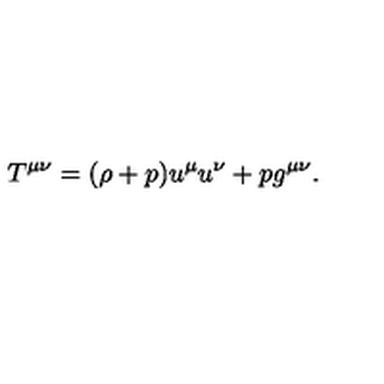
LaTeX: T ^ { \mu \nu } = ( \rho + p ) u ^ { \mu } u ^ { \nu } + p g ^ { \mu \nu } .